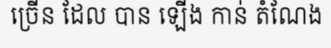
ច្រើន ដែល បាន ឡើង កាន់ តំណែង